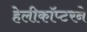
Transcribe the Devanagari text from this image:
हेलीकॉप्टरने